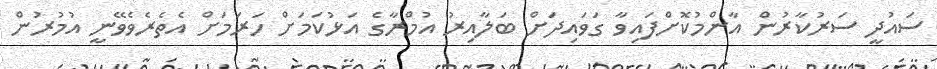
ސައުދީ ސަރުކާރުން އާންމުކޮށްފައިވާ ގަވައިދަށް ބަލާއިރު އުމްރާގެ އަޅުކަމަށް ހަރަމަށް އެތެރެވެވޭނީ އުމުރުން